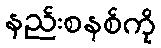
နည်းစနစ်ကို